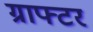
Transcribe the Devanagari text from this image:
ग्राफ्टर